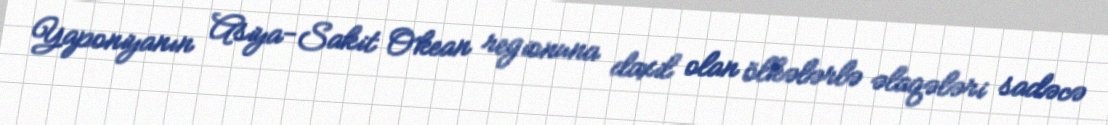
Yaponiyanın Asiya-Sakit Okean regionuna daxil olan ölkələrlə əlaqələri sadəcə